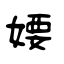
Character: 婹